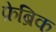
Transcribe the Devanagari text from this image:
फ़ेब्रिक